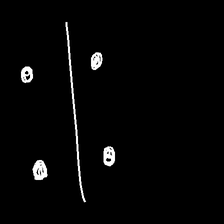
Glyph: cool